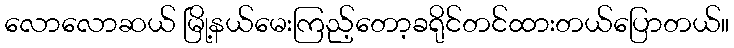
လောလောဆယ် မြို့နယ်မေးကြည့်တော့ခရိုင်တင်ထားတယ်ပြောတယ်။